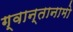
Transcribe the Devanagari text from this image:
ग्वान्तानामो